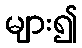
များ၍